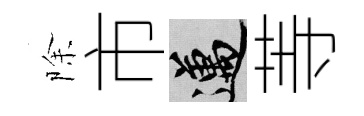
除市邁䓁